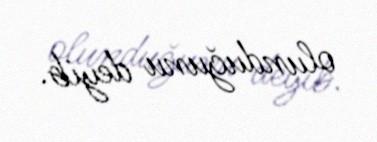
olunduğunu deyib.